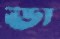
ডা